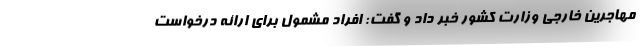
مهاجرین خارجی وزارت کشور خبر داد و گفت: افراد مشمول برای ارائه درخواست